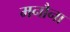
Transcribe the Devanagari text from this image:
मनौना